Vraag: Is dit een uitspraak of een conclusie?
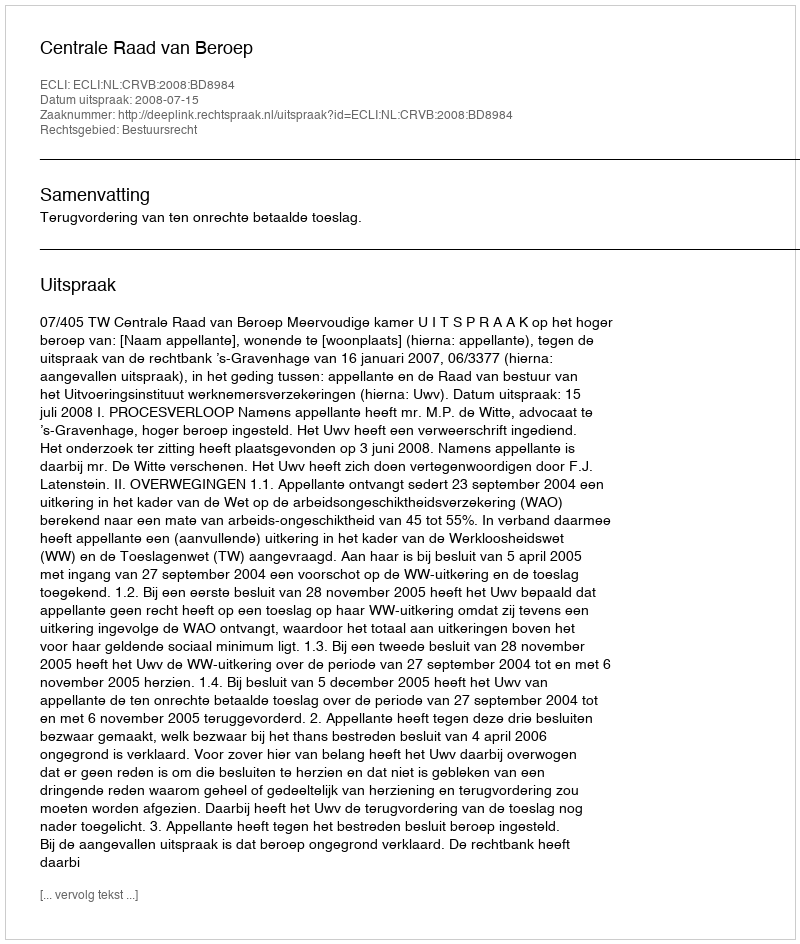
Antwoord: Uitspraak